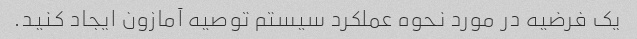
یک فرضیه در مورد نحوه عملکرد سیستم توصیه آمازون ایجاد کنید.